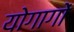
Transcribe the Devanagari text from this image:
योगागों